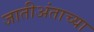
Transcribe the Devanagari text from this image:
जातीअंताच्या